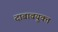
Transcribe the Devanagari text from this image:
दाबावयुक्त